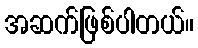
အဆက်ဖြစ်ပါတယ်။